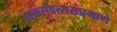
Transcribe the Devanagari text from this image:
शकसंवत्सराप्रमाणे